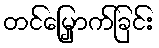
တင်မြှောက်ခြင်း